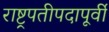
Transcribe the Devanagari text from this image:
राष्ट्रपतीपदापूर्वी